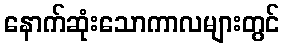
နောက်ဆုံးသောကာလများတွင်